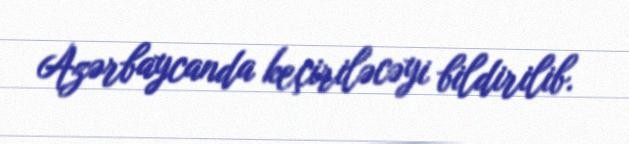
Azərbaycanda keçiriləcəyi bildirilib.